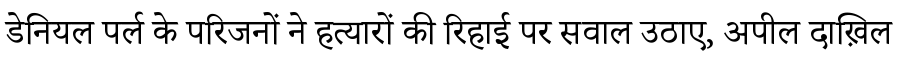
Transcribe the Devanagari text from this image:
डेनियल पर्ल के परिजनों ने हत्यारों की रिहाई पर सवाल उठाए, अपील दाख़िल